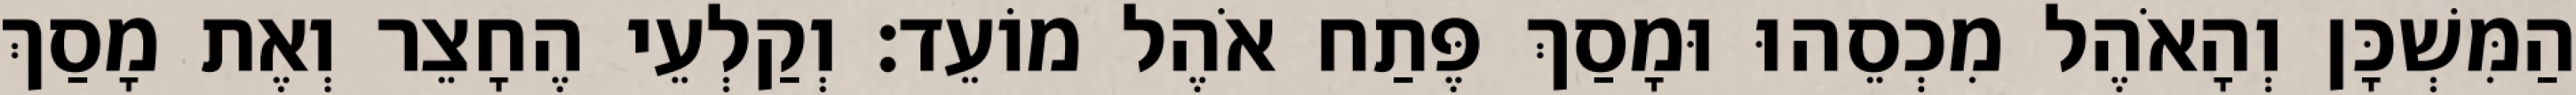
הַמִּשְׁכָּן וְהָאֹהֶל מִכְסֵהוּ וּמָסַךְ פֶּתַח אֹהֶל מוֹעֵד׃ וְקַלְעֵי הֶחָצֵר וְאֶת מָסַךְ